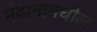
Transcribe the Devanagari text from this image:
मैदानामधील